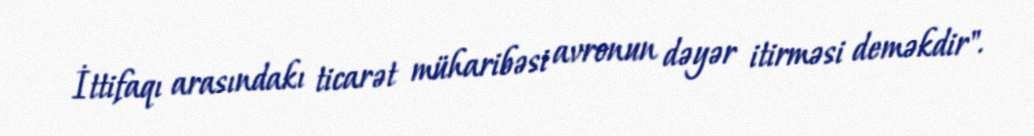
İttifaqı arasındakı ticarət müharibəsi avronun dəyər itirməsi deməkdir".